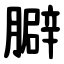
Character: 䑀